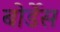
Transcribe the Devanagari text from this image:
बोर्डेस